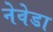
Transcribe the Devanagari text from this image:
नेवेडा